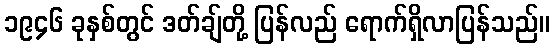
၁၉၄၆ ခုနှစ်တွင် ဒတ်ချ်တို့ ပြန်လည် ရောက်ရှိလာပြန်သည်။